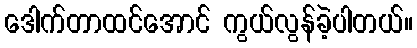
ဒေါက်တာထင်အောင် ကွယ်လွန်ခဲ့ပါတယ်။